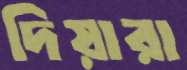
দিয়ারা